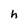
Character: h